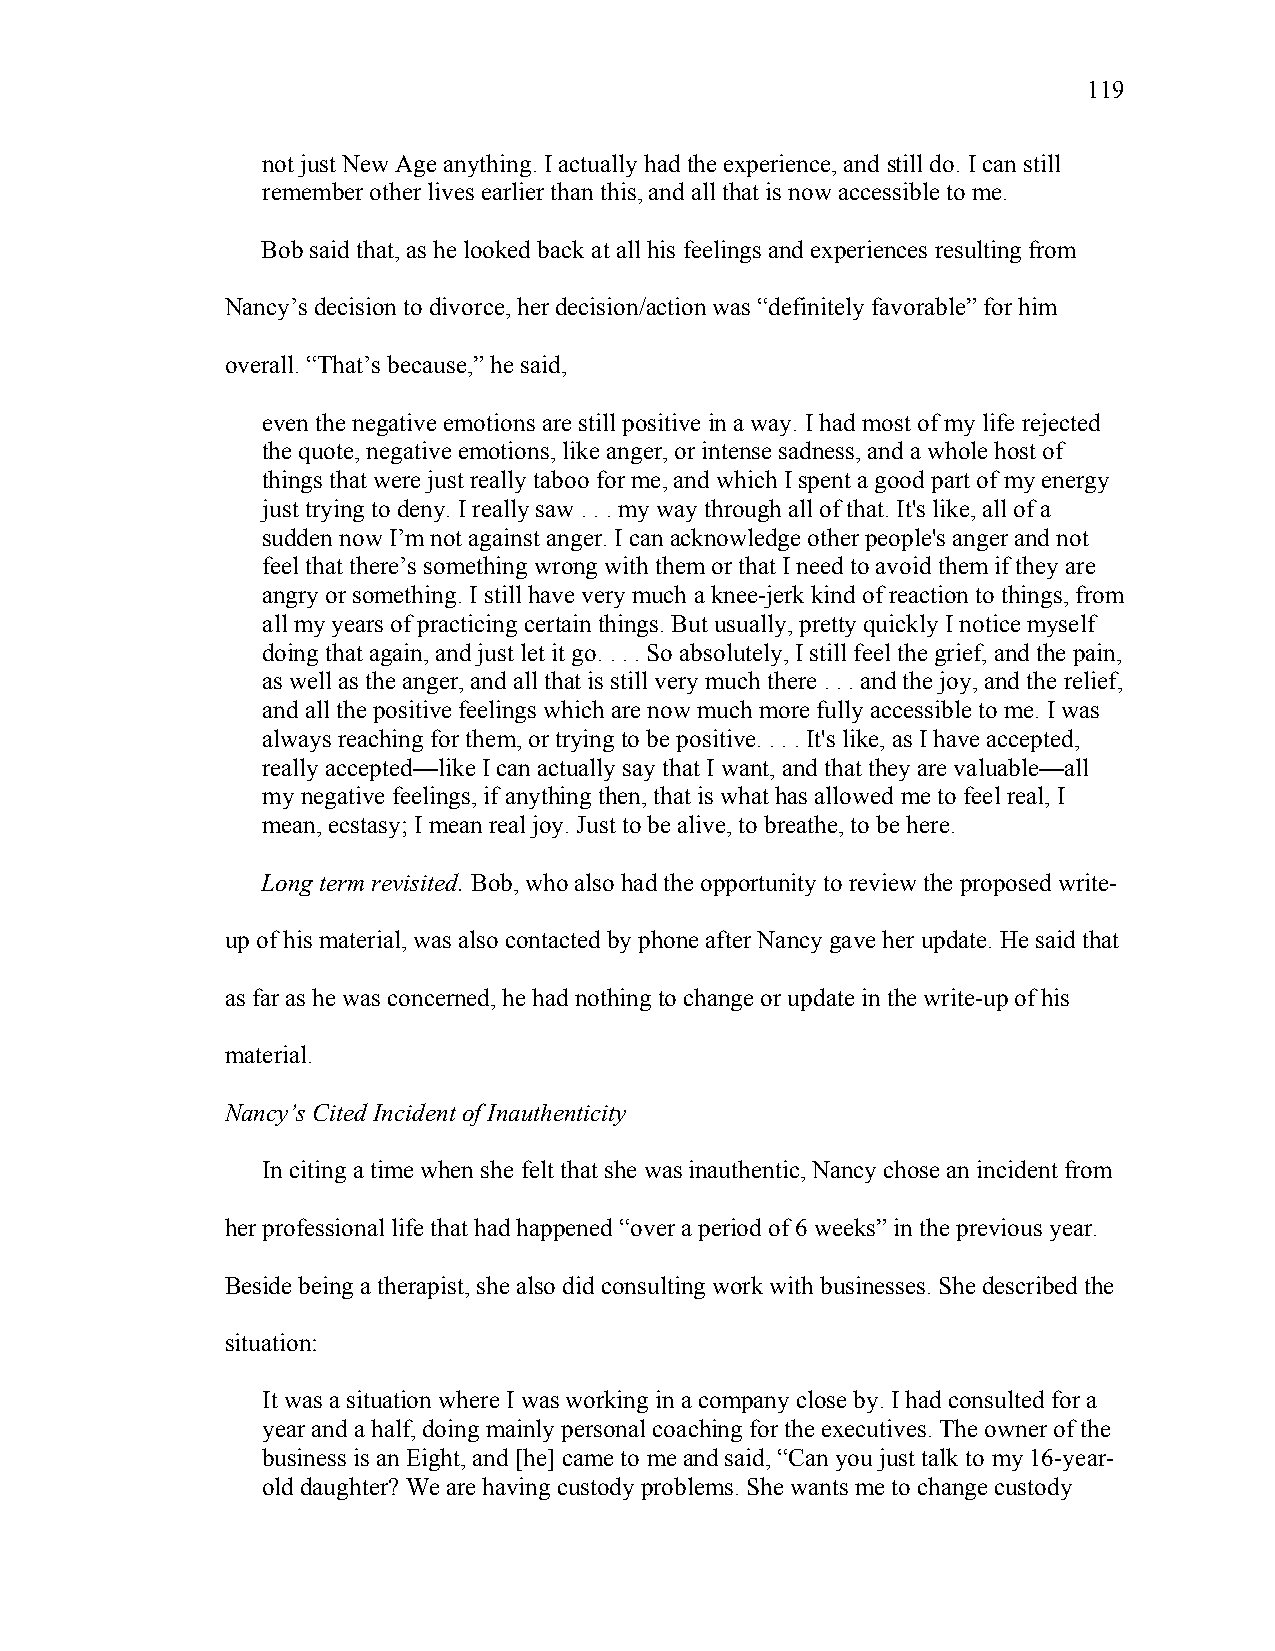
119
 not just New Age anything. I actually had the experience, and still do. I can still
 remember other lives earlier than this, and all that is now accessible to me.
 Bob said that, as he looked back at all his feelings and experiences resulting from
 Nancy’s decision to divorce, her decision/action was “definitely favorable” for him
 overall. “That’s because,” he said,
 even the negative emotions are still positive in a way. I had most of my life rejected
 the quote, negative emotions, like anger, or intense sadness, and a whole host of
 things that were just really taboo for me, and which I spent a good part of my energy
 just trying to deny. I really saw . . . my way through all of that. It's like, all of a
 sudden now I’m not against anger. I can acknowledge other people's anger and not
 feel that there’s something wrong with them or that I need to avoid them if they are
 angry or something. I still have very much a knee-jerk kind of reaction to things, from
 all my years of practicing certain things. But usually, pretty quickly I notice myself
 doing that again, and just let it go. . . . So absolutely, I still feel the grief, and the pain,
 as well as the anger, and all that is still very much there . . . and the joy, and the relief,
 and all the positive feelings which are now much more fully accessible to me. I was
 always reaching for them, or trying to be positive. . . . It's like, as I have accepted,
 really accepted—like I can actually say that I want, and that they are valuable—all
 my negative feelings, if anything then, that is what has allowed me to feel real, I
 mean, ecstasy; I mean real joy. Just to be alive, to breathe, to be here.
 Long term revisited. Bob, who also had the opportunity to review the proposed write-
 up of his material, was also contacted by phone after Nancy gave her update. He said that
 as far as he was concerned, he had nothing to change or update in the write-up of his
 material.
 Nancy’s Cited Incident of Inauthenticity
 In citing a time when she felt that she was inauthentic, Nancy chose an incident from
 her professional life that had happened “over a period of 6 weeks” in the previous year.
 Beside being a therapist, she also did consulting work with businesses. She described the
 situation:
 It was a situation where I was working in a company close by. I had consulted for a
 year and a half, doing mainly personal coaching for the executives. The owner of the
 business is an Eight, and [he] came to me and said, “Can you just talk to my 16-year-
 old daughter? We are having custody problems. She wants me to change custody